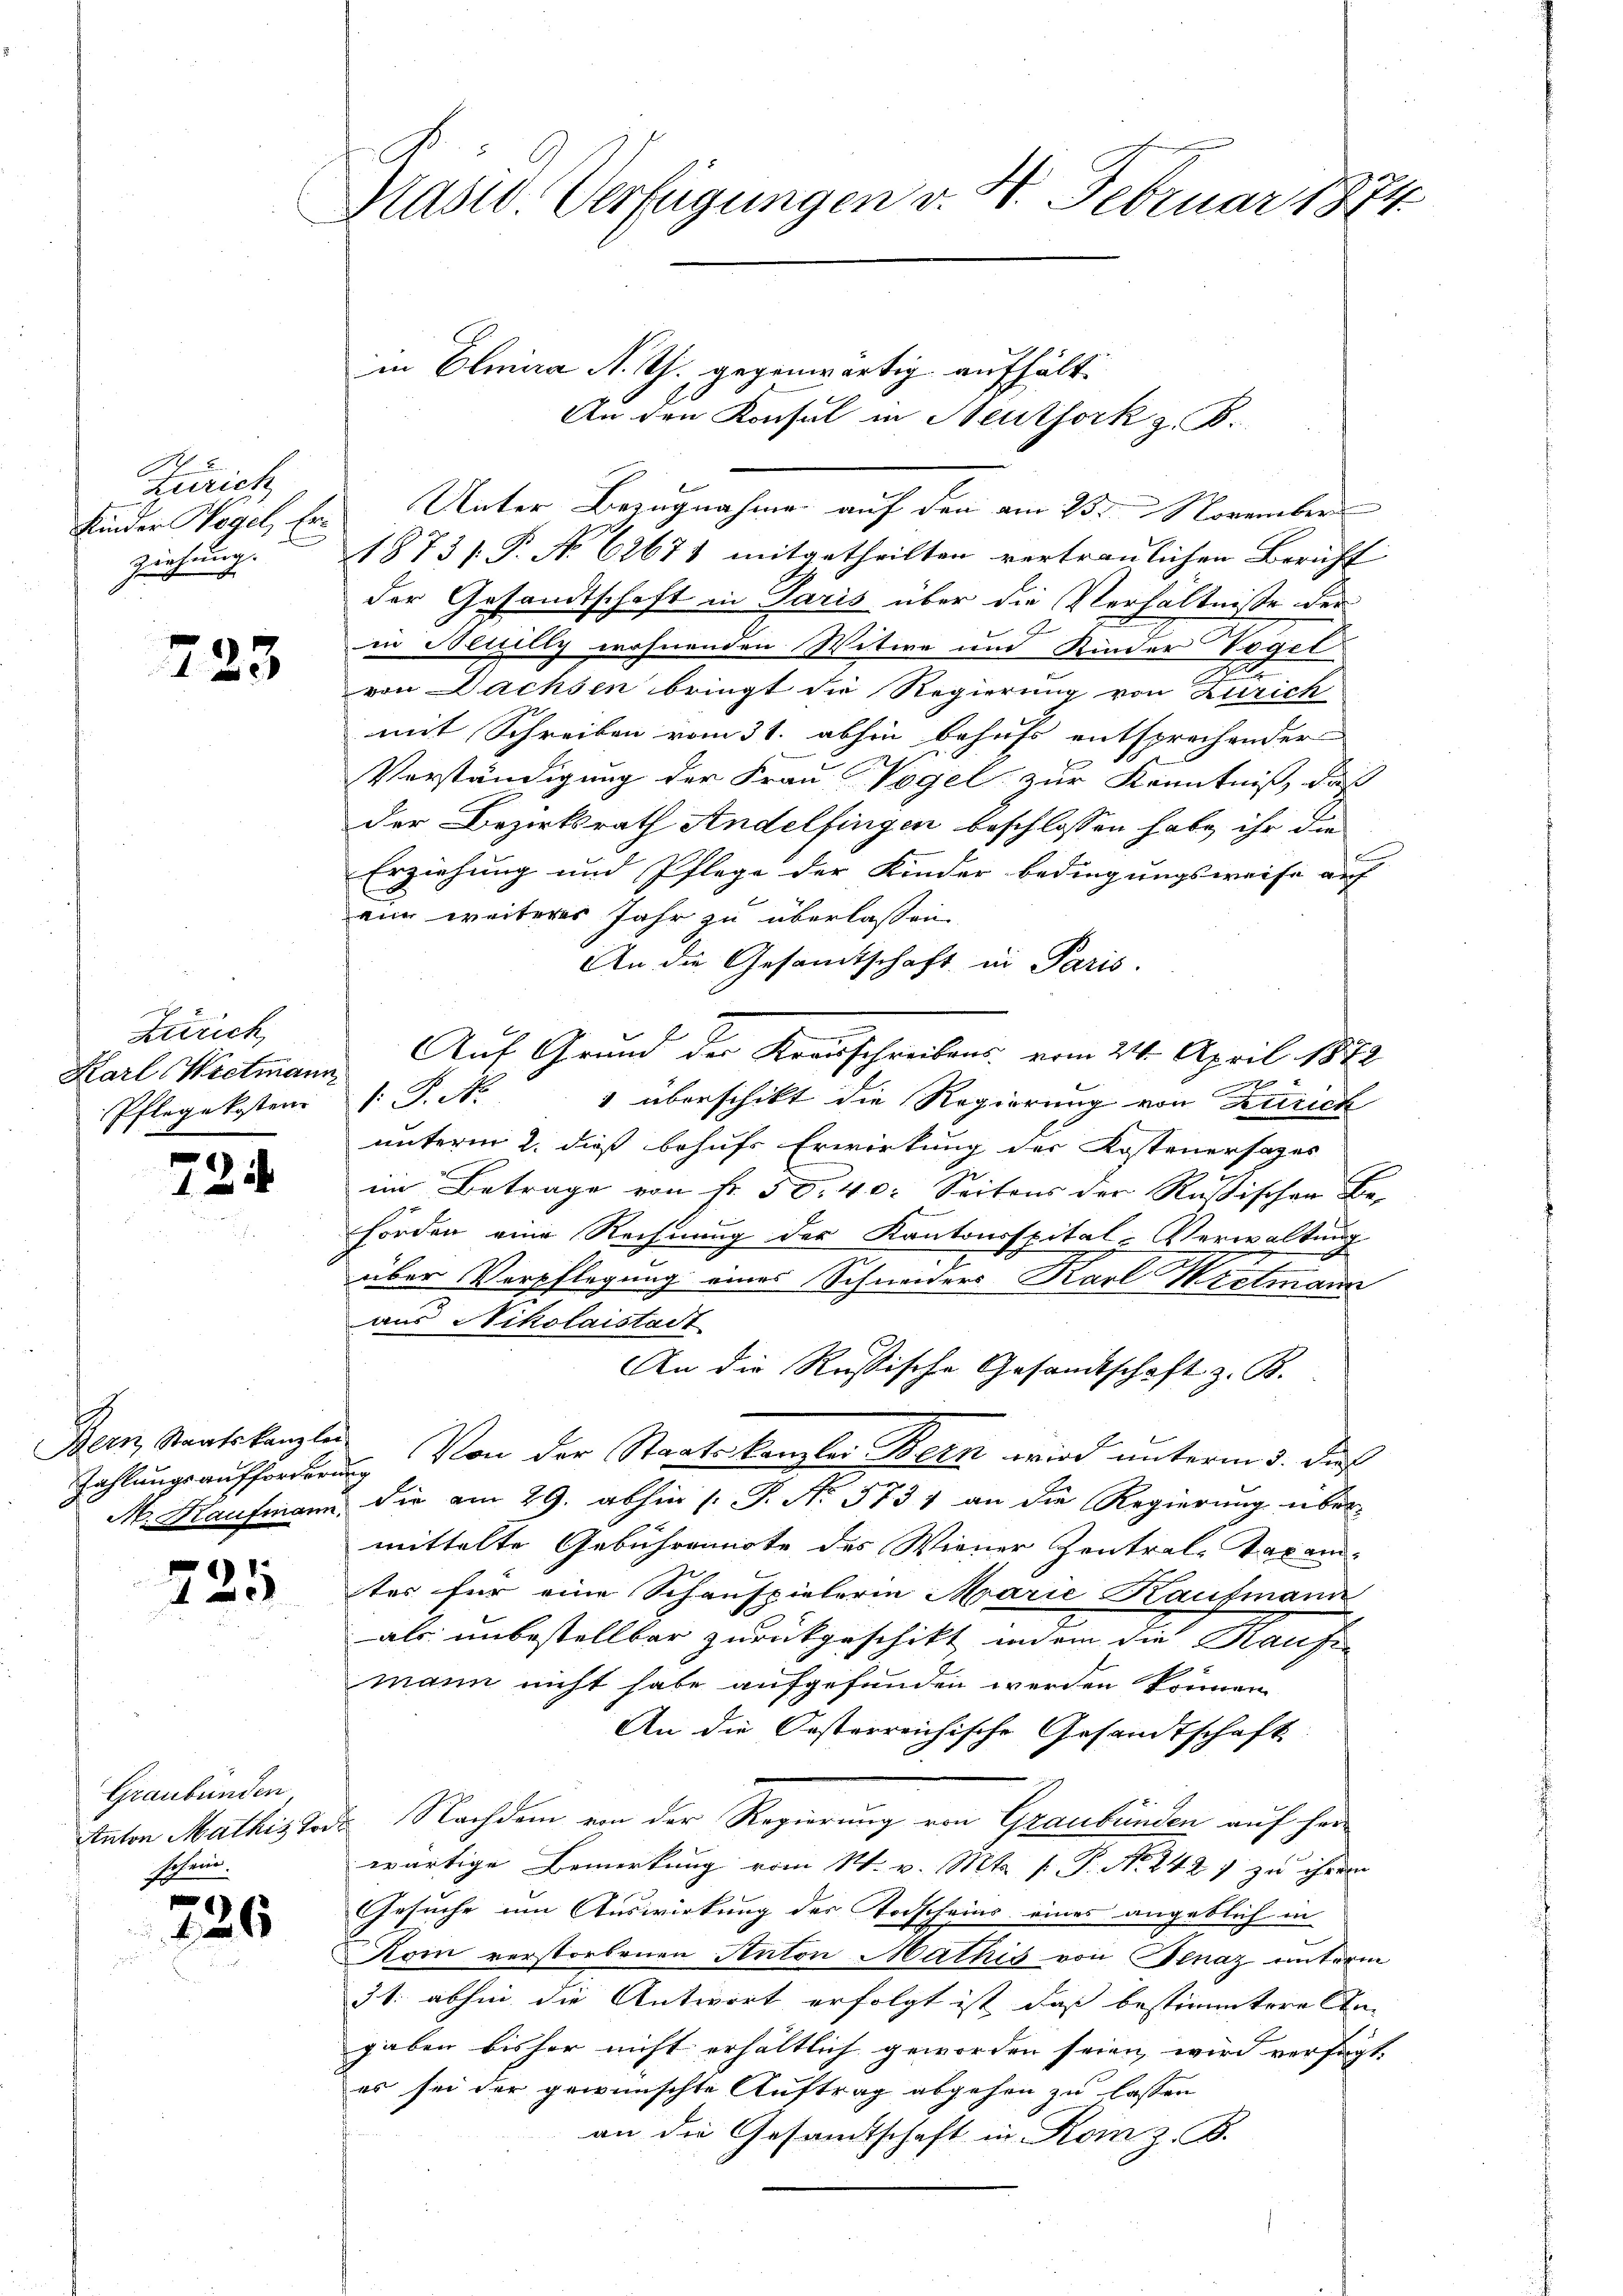
Gerich
ziehung. |

223

Krrrich,
Pflegekosten

724

Zahlungsaufforderung

725

Graubünden
schen.

g
126

Präsid. Verfügungen v. 4. Februar 1874.

1873/. P. No 62671 mitgetheilten vertraulichen Bericht
der Gesandtschaft in Paris über die Verhältnisse der
w
in Meuilly wohnenden Witwe und Kinder Vogel
2
von Dachsen bringt die Regierung von Zürich
mit Schreiben vom 31. abhin behufs entsprechender
Verständigung der Frau Vogel zur Kenntniß, daß
der Bezirksrath Andelfingen beschlossen habe, ihr die
Erziehung und Pflege der Kinder bedingungsweise auf
ei weiteres Jahr zu überlassen.
An die Gesandtschaft in Paris.
Karl Wietmann Auf Grund der Krausschreibens vom 24. April 1872
[: P. Nr. 1 überschikt die Regierung von Zürich
unterm 2. dieß behufs Erwirkung der Kostenersages
im Betrage von fr. 50. 40. Seitens der Rußischen Be-
hörden eine Rechnung der Kantonsspital-Verwaltung
über Verpflegung eines Schneiders Karl Wretmann
aus Nikolaistait
An die Russische Gesandtschaft z. B.
Bern, Staatskanzlei. Von der Staatskanzlei Bern wird unterm 3. des
M. Kaufmann die am 29. abhin (: P. Nr. 5731 an die Regierung über-
mittelte Gebührennote des Wiener Zentral-Taxam-
ter für eine Schauspielerin Marie Kaufmann
als unbestellbar zurückgeschikt und ein die Kaufe
mann nicht habe aufgefunden werden können
An die Oesterreichische Gesandtschaft
Anton Mathistors Nachdem von der Regierung von Graubünden auf her
wärtige Bemerkung vom 1. v. Mts. f. P. N. 2427 zu ihrem
Gesuche um Auswirkung der Todscheins eines angeblich in
Kom verstorbenen Anton Mathis von Plaz unterm
31. abhin die Antwort erfolgt ist, daß bestimmtere Angaben bisher nicht erhältlich geworden seien, wird verfügt.
es sei der gewünschte Auftrag abgehen zu lassen
an die Gesamtschaft in Rom z. B.

in Elmira N. Th. gegenwärtig aufhält.
Kinder Vogel, Er. Unter Bezugnahme auf den am 25. November

An den Konsul in Neuthork z. B.